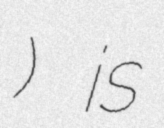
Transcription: Дворцо́вый) is